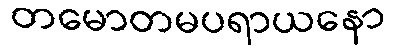
တမောတမပရာယနော